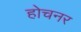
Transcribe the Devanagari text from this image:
होचनर